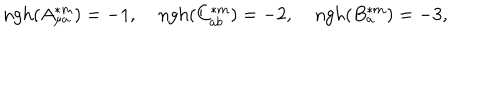
LaTeX: \mathrm { n g h } ( A _ { \mu a } ^ { \ast m } ) = - 1 , \; \mathrm { n g h } ( C _ { a b } ^ { \ast m } ) = - 2 , \; \mathrm { n g h } ( B _ { a } ^ { \ast m } ) = - 3 ,